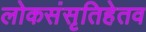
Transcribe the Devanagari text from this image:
लोकसंसृतिहेतव